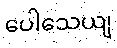
ပေါသေယျ